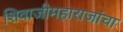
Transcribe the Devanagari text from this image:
शिवाजीमहाराजांचा